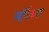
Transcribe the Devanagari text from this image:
सर्विकता